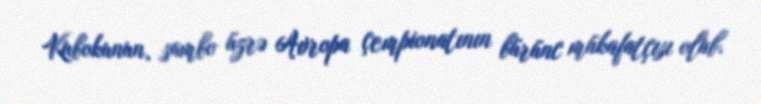
Kubokunun, sambo üzrə Avropa çempionatının bürünc mükafatçısı olub.